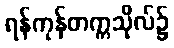
ရန်ကုန်တက္ကသိုလ်၌